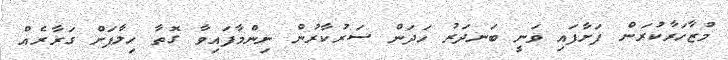
މުޒާހަރާކުރަން ފަށާފައި ވަނީ ބަނދަރު ހަދަން ސަރުކާރުން ނިންމާފައިވާ ގޮތާ ހިލާފަށް ގަރާރެއް